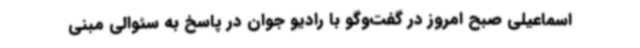
اسماعیلی صبح امروز در گفت‌وگو با رادیو جوان در پاسخ به سئوالی مبنی